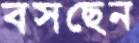
বসছেন